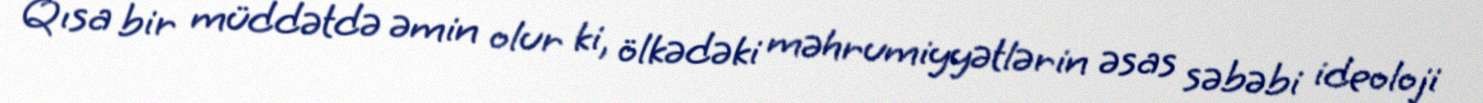
Qısa bir müddətdə əmin olur ki, ölkədəki məhrumiyyətlərin əsas səbəbi ideoloji